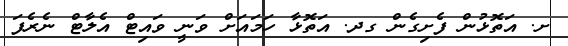
ށ. އަތޮޅުން ފެށިގެން ގދ. އަތޮޅާ ހަމައަށް ވަނީ ވައިޓް އެލާޓް ނެރެފަ